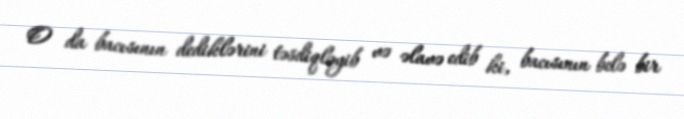
O da bacısının dediklərini təsdiqləyib və əlavə edib ki, bacısının belə bir